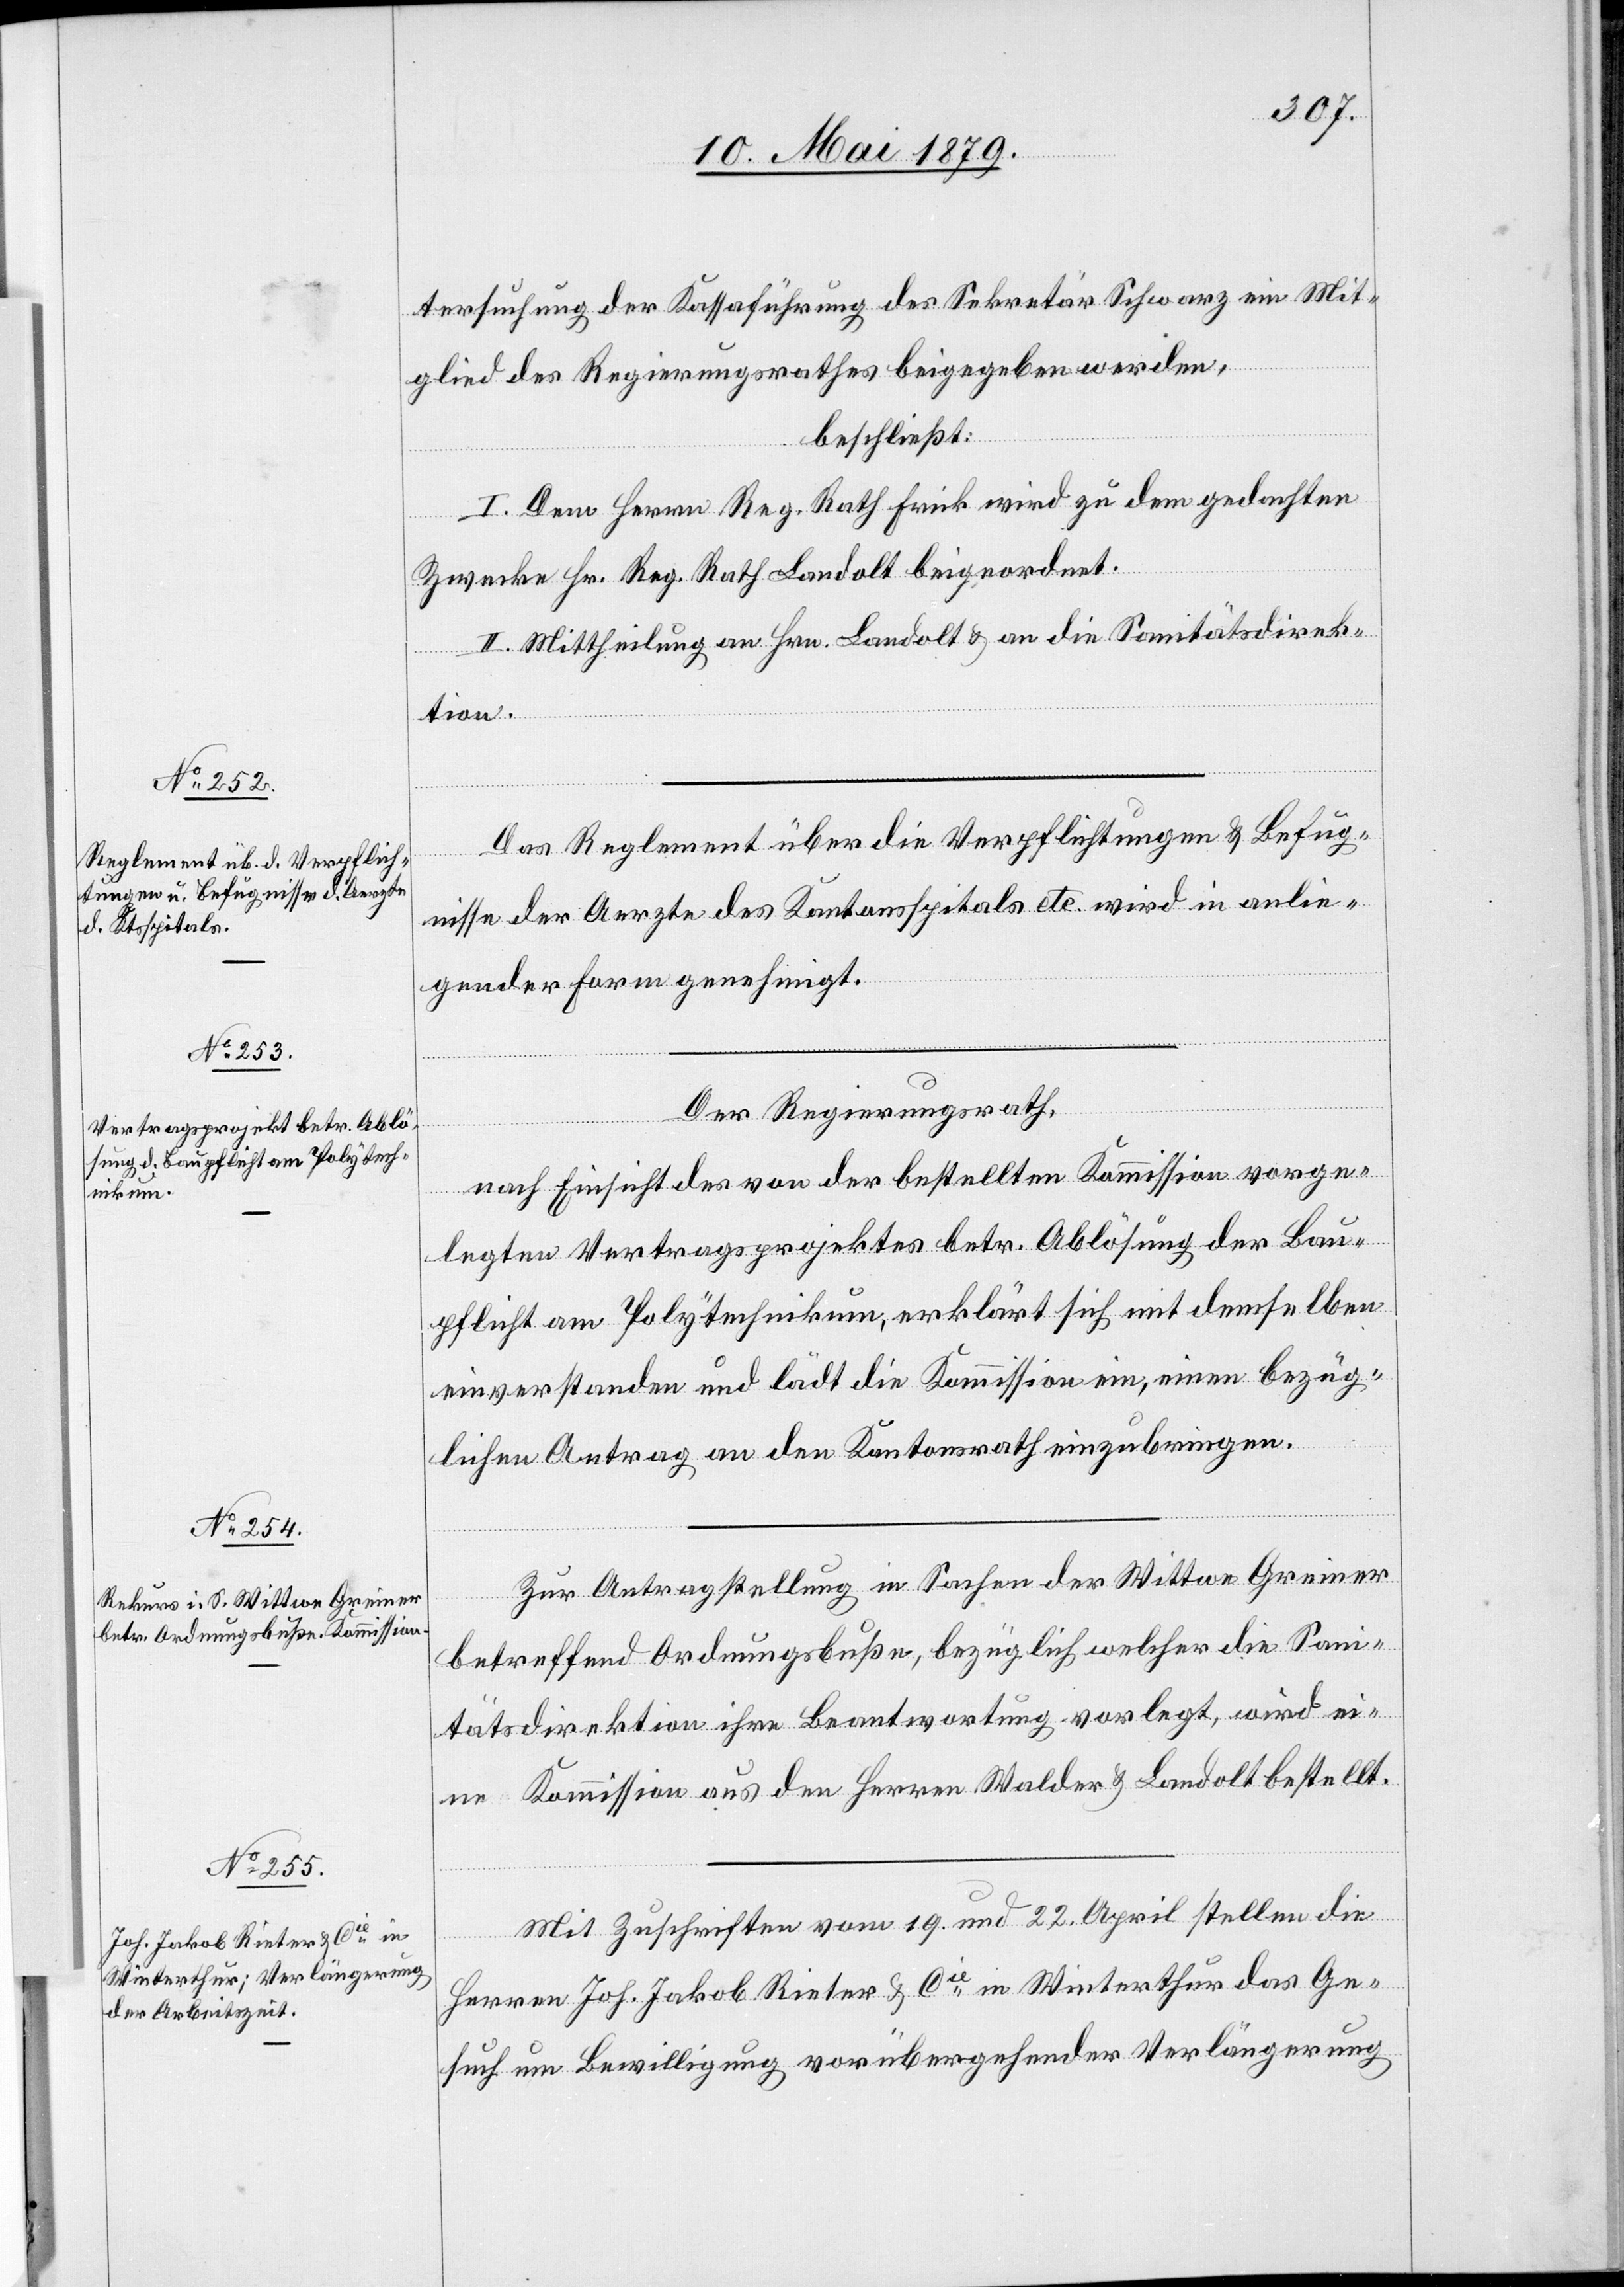
tersuchung der Kassaführung des Sekretär Schwarz ein Mit¬
glied des Regierungsrathes beigegeben werden,
beschließt:
I. Dem Herrn Reg. Rath Frick wird zu dem gedachten
Zwecke Hr. Reg. Rath Landolt beigeordnet.
II. Mittheilung an Hrn. Landolt & an die Sanitätsdirek¬
tion.
Das Reglement über die Verpflichtungen & Befug¬
nisse der Aerzte des Kantonsspitals etc. wird in anlie¬
gender Form genehmigt.
Der Regierungsrath,
nach Einsicht des von der bestellten Kommission vorge¬
legten Vertragsprojektes betr. Ablösung der Bau¬
pflicht am Polytechnikum, erklärt sich mit demselben
einverstanden und lädt die Kommission ein, einen bezüg¬
lichen Antrag an den Kantonsrath einzubringen.
Zur Antragstellung in Sachen der Wittwe Greiner
betreffend Ordnungsbuße, bezüglich welcher die Sani¬
tätsdirektion ihre Beantwortung vorlegt, wird ei¬
ne Kommission aus den Herren Walder & Landolt bestellt.
Mit Zuschriften vom 19. und 22. April stellen die
Herren Joh. Jakob Rieter & Cie in Winterthur das Ge¬
such um Bewilligung vorübergehender Verlängerung